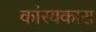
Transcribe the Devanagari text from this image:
कांस्यकारा